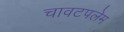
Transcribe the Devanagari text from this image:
चावटपलेम